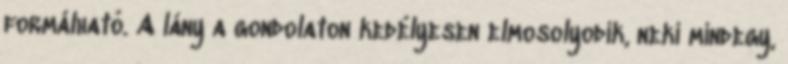
formálható. A lány a gondolaton kedélyesen elmosolyodik, neki mindegy,